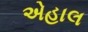
એહાલ